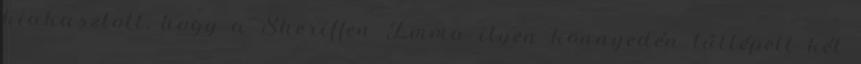
kiakasztott, hogy a Sheriffen Emma ilyen könnyedén túllépett két